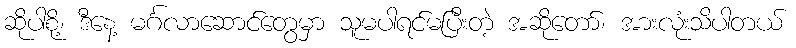
ဆိုပါစို့၊ ဒီနေ့ မင်္ဂလာဆောင်တွေမှာ သူမပါရင်မပြီးတဲ့ အဆိုတော်၊ အားလုံးသိပါတယ်